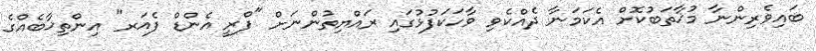
ބައިވެރިންނާ މުޚާތަބުކޮށް އެކަމަނާ ދެއްކެވި ވާހަކަފުޅުގައި ރައްޔިތުންނަށް "ފްރީ އެންޑް ފެއަރ" އިންތިޚާބެއްގެ